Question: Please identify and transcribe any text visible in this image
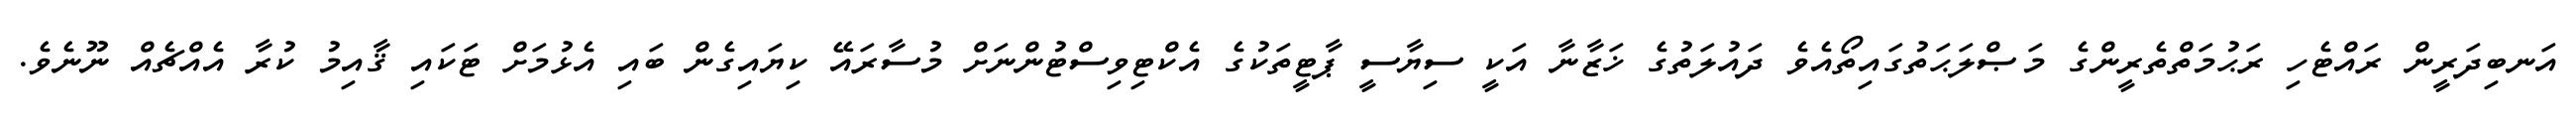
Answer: އަނބިދަރީން ރައްޓެހި ރަޙުމަތްތެރީންގެ މަޞްލަޙަތުގައިތޯއެވެ ދައުލަތުގެ ޚަޒާނާ އަކީ ސިޔާސީ ޕާޓީތަކުގެ އެކްޓިވިސްޓުންނަށް މުސާރައޭ ކިޔައިގެން ބައި އެޅުމަށް ޓަކައި ޤާއިމު ކުރާ އެއްޗެއް ނޫނެވެ.